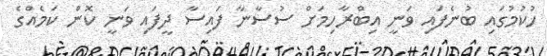
ހުކުމުގައި ބުނެފައި ވަނީ އިބްރާހިމަށް ސުސާނާ ފައިސާ ދީފައި ވަނީ ކޮން ކަމެއްގެ